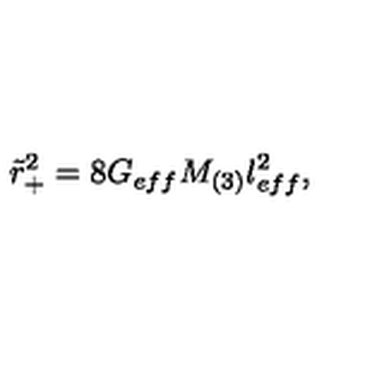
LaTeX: \tilde { r } _ { + } ^ { 2 } = 8 G _ { e f f } M _ { ( 3 ) } l _ { e f f } ^ { 2 } ,